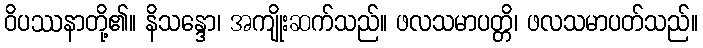
ဝိပဿနာတို့၏။ နိသန္ဒော၊ အကျိုးဆက်သည်။ ဖလသမာပတ္တိ၊ ဖလသမာပတ်သည်။